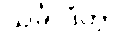
သင်္ခါဒိတွာ